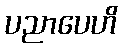
ပညာပေဟိ